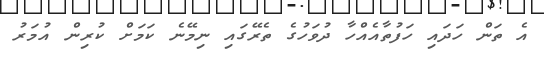
އެ ތަން ހަދައި ހަފުތާއެއްހާ ދުވަހުގެ ތެރޭގައި ނިމޭނެ ކަމަށް ކުރިން އުމަރު